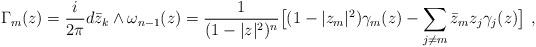
LaTeX: \begin{align*} \Gamma_m(z)=\frac i{2\pi}d\bar z_k\wedge\omega_{n-1}(z)= \frac 1{(1-|z|^2)^n}\bigl[(1-|z_m|^2) \gamma_m(z)-\sum_{j\neq m} \bar z_m z_j \gamma_j(z)\bigr]\ ,\end{align*}